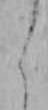
よ